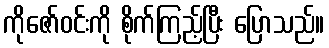
ကိုဇော်ဝင်းကို စိုက်ကြည့်ပြီး ပြောသည်။